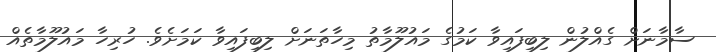
ސާމާނަށް ގެއްލުން ލިބިފައިވާ ކަމުގެ މައުލޫމާތު މިހާތަނަށް ލިބިފައިވާ ކަމަށެވެ. ހުރިހާ މައުލޫމާތެއް